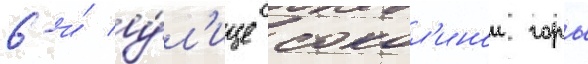
6-и́ у́л'ице сокол'инои горы